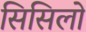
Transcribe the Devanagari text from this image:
सिसिलो